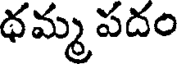
థమ్మ పదం